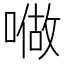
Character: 𠼏